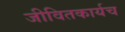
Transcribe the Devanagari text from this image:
जीवितकार्यच